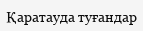
Қаратауда туғандар